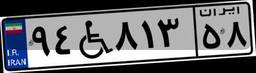
۰۰W۳۶۴۶۰